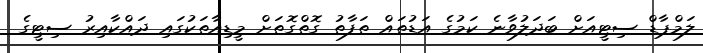
ލަމްޕާޑް ސިޓީއަށް ބަދަލުވާނެ ކަމުގެ އަޑުތައް ތަފާތު ގޮތްގޮތަށް މީޑިއާތަކުގައި ދައްކާއިރު ސިޓީގެ